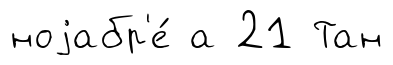
ноjабр'е́ а 21 Тан